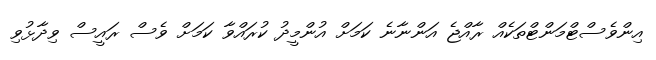
އިންވެސްޓްމަންޓްތަކެއް ރާއްޖެ އަންނާނެ ކަމަށް އުންމީދު ކުރައްވާ ކަމަށް ވެސް ރައީސް ވިދާޅުވި